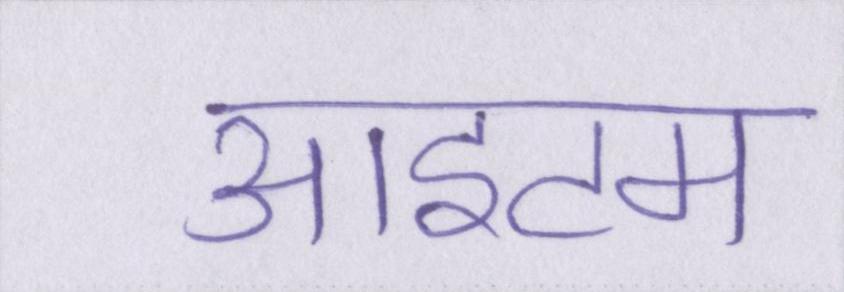
आइटम